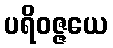
ပရိဝဇ္ဇယေ